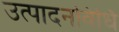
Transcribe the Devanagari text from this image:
उत्पादनविधि